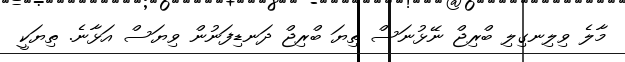
މާލެ ވިލިނގިލި ބްރިޖް ނޭޅުނަސް ތިޔަ ބްރިޖް ދަނޑިފަނުން ވިޔަސް އަޅާނެ. ތިޔަކީ